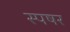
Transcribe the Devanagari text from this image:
स्पषर